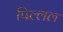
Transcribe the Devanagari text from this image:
पिल्लल